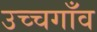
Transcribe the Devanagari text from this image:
उच्चगाँव